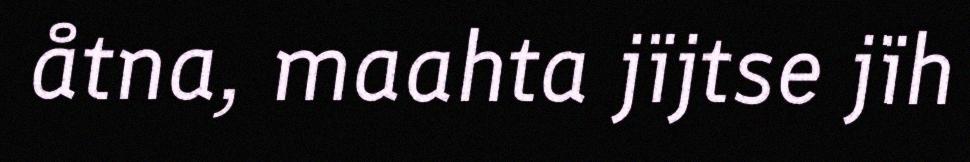
åtna, maahta jïjtse jïh